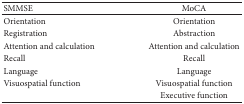
<table><thead><tr><td><b>SMMSE</b></td><td><b>MoCA</b></td></tr></thead><tbody><tr><td>Orientation</td><td>Orientation</td></tr><tr><td>Registration </td><td>Abstraction</td></tr><tr><td>Attention and calculation </td><td>Attention and calculation</td></tr><tr><td>Recall</td><td>Recall</td></tr><tr><td>Language</td><td>Language</td></tr><tr><td>Visuospatial function</td><td>Visuospatial function</td></tr><tr><td> </td><td>Executive function</td></tr></tbody></table>